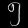
Digit: ၅